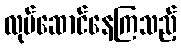
လုပ်ဆောင်နေကြသည့်